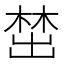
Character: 𪲵